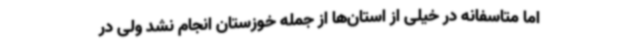
اما متاسفانه در خیلی از استان‌ها از جمله خوزستان انجام نشد ولی در